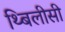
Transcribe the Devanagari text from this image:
थ्बिलीसी